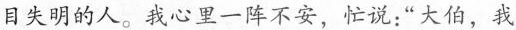
目失明的人。我心里一阵不安，忙说：”大伯，我